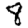
Digit: 8